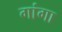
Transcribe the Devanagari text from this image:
गांगा